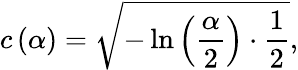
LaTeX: c\left(\alpha\right)={\sqrt{-\ln\left({\frac{\alpha}{2}}\right)\cdot{\frac{1}{2}}}},